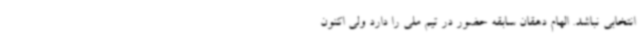
انتخابی نباشد. الهام دهقان سابقه حضور در تیم ملی را دارد ولی اکنون